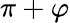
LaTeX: \pi+\varphi